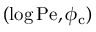
( \log \mathrm { P e } , \phi _ { \mathrm { c } } )